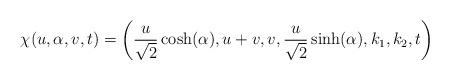
LaTeX: \begin{align*}\chi(u,\alpha, v, t)=\left(\frac{u}{\sqrt{2}}\cosh(\alpha), u + v, v, \frac{u}{\sqrt{2}}\sinh(\alpha), k_{1}, k_{2}, t \right) \end{align*}